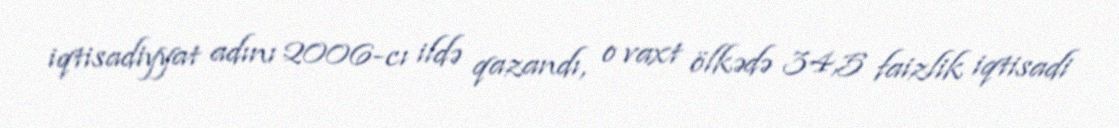
iqtisadiyyat adını 2006-cı ildə qazandı, o vaxt ölkədə 34,5 faizlik iqtisadi